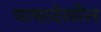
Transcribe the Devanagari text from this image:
याचादेखील